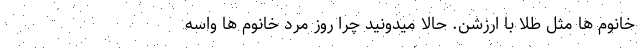
خانوم ها مثل طلا با ارزشن. حالا میدونید چرا روز مرد خانوم ها واسه